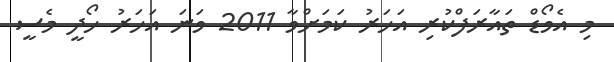
މި އެވޯޑް ތައާރަފްކުރި އަހަރު ކަމަށްވާ 2011 ވަނަ އަހަރު ހޯދީ މެސީ